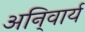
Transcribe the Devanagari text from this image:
अनि्वार्य